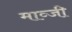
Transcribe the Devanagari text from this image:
माव्जी